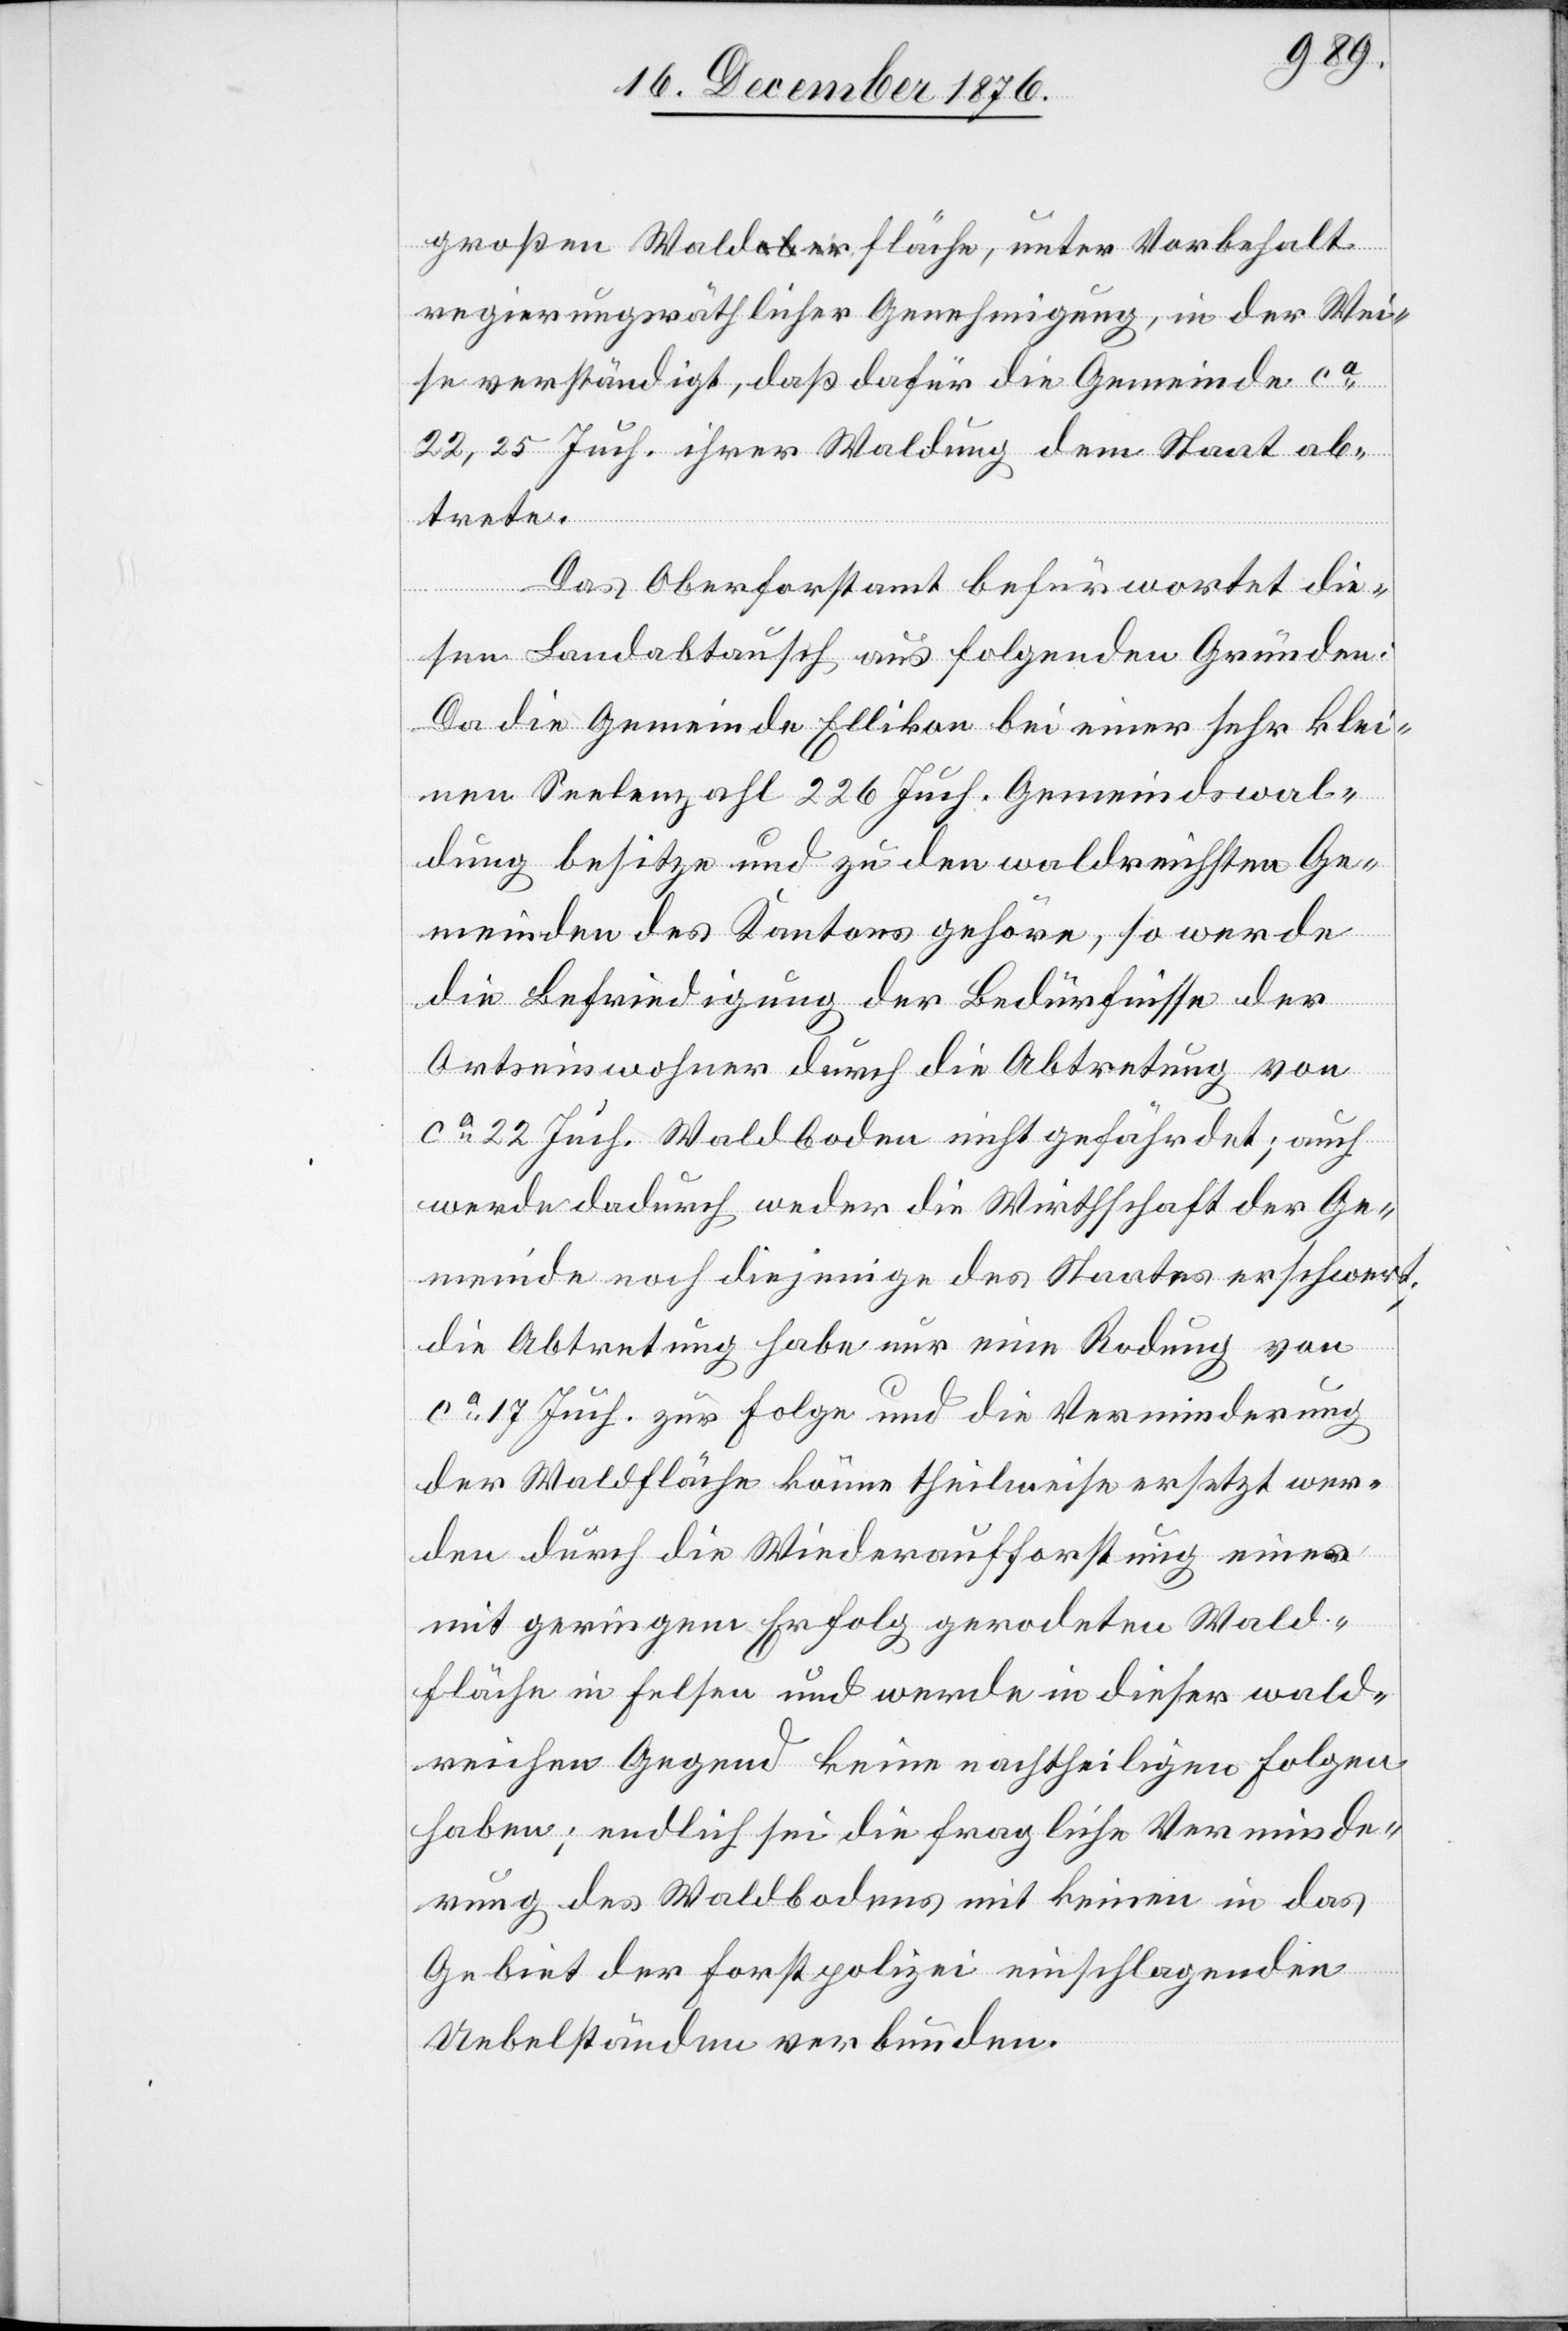
großen Waldfläche, unter Vorbehalt
regierungsräthlicher Genehmigung, in der Wei¬
se verständigt, daß dafür die Gemeinde ca
22,25 Juch. ihrer Waldung dem Staat ab¬
trete.
Das Oberforstamt befürwortet die¬
sen Landabtausch aus folgenden Gründen:
Da die Gemeinde Ellikon bei einer sehr klei¬
nen Seelenzahl 226 Juch. Gemeindswal¬
dung besitze und zu den waldreichsten Ge¬
meinden des Kantons gehöre, so werde
die Befriedigung der Bedürfnisse der
Ortseinwohner durch die Abtretung von
ca 22 Juch. Waldboden nicht gefährdet; auch
werde dadurch weder die Wirthschaft der Ge¬
meinde noch diejenige des Staates erschwert;
die Abtretung habe nur eine Rodung von
ca 17 Juch. zur Folge und die Verminderung
der Waldfläche könne theilweise ersetzt wer¬
den durch die Wiederaufforstung einer
mit geringem Erfolg gerodeten Wald¬
fläche in Felsen und werde in dieser wald¬
reichen Gegend keine nachtheiligen Folgen
haben; endlich sei die fragliche Verminde¬
rung des Waldbodens mit keinen in das
Gebiet der Forstpolizei einschlagenden
Uebelständen verbunden.